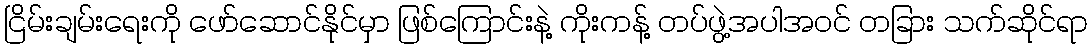
ငြိမ်းချမ်းရေးကို ဖော်ဆောင်နိုင်မှာ ဖြစ်ကြောင်းနဲ့ ကိုးကန့် တပ်ဖွဲ့အပါအဝင် တခြား သက်ဆိုင်ရာ